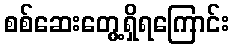
စစ်ဆေးတွေ့ရှိရကြောင်း